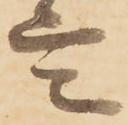
言